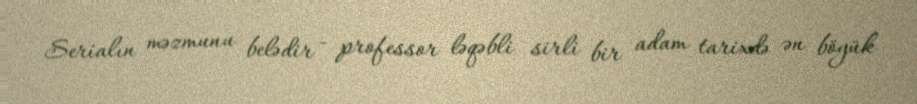
Serialın məzmunu belədir - professor ləqəbli sirli bir adam tarixdə ən böyük